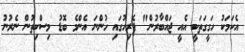
އެކަމަކު ހަގީގަތަކީ އެއީ ޖައްބާރުން" ޕެރިހުގައި ހުންނަ އެންމެ ބޮޑު މިސްކިތުން ނެރުނު